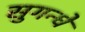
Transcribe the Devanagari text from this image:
सुगन्धे